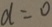
d = 0